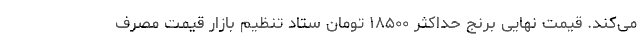
می‌کند. قیمت نهایی برنج حداکثر ۱۸۵۰۰ تومان ستاد تنظیم بازار قیمت مصرف